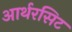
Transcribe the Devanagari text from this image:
आर्थरसिट